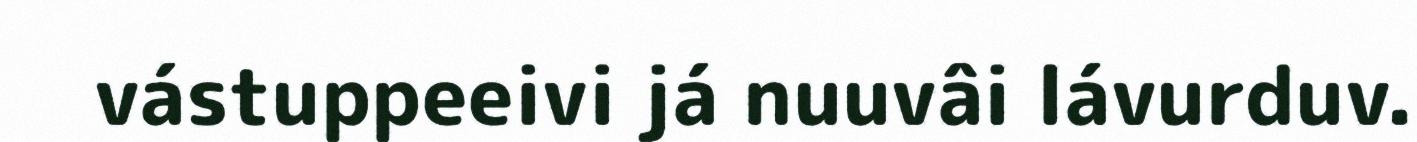
vástuppeeivi já nuuvâi lávurduv.